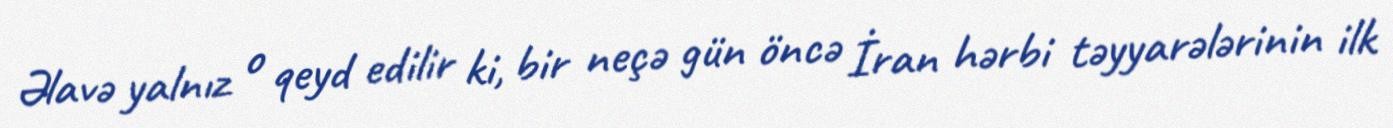
Əlavə yalnız o qeyd edilir ki, bir neçə gün öncə İran hərbi təyyarələrinin ilk